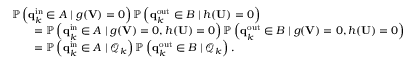
\begin{array} { r l } & { \mathbb { P } \left( \mathbf { q } _ { k } ^ { \mathrm { i n } } \in A \mid g ( \mathbf { V } ) = 0 \right) \mathbb { P } \left( \mathbf { q } _ { k } ^ { \mathrm { o u t } } \in B \mid h ( \mathbf { U } ) = 0 \right) } \\ & { \qquad = \mathbb { P } \left( \mathbf { q } _ { k } ^ { \mathrm { i n } } \in A \mid g ( \mathbf { V } ) = 0 , h ( \mathbf { U } ) = 0 \right) \mathbb { P } \left( \mathbf { q } _ { k } ^ { \mathrm { o u t } } \in B \mid g ( \mathbf { V } ) = 0 , h ( \mathbf { U } ) = 0 \right) } \\ & { \qquad = \mathbb { P } \left( \mathbf { q } _ { k } ^ { \mathrm { i n } } \in A \mid \mathcal { Q } _ { k } \right) \mathbb { P } \left( \mathbf { q } _ { k } ^ { \mathrm { o u t } } \in B \mid \mathcal { Q } _ { k } \right) . } \end{array}